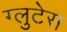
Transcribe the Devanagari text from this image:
ग्लुटेस